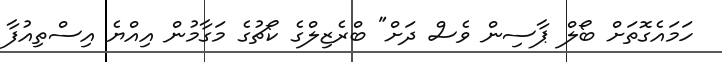
ހަމައެގޮތަށް ބޯލް ޕާސިން ވެސް ދަށް" ބްރެޒިލްގެ ކޯޗުގެ މަގާމުން އިއްޔެ އިސްތިއުފާ